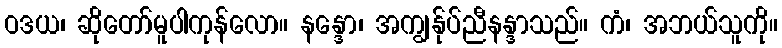
ဝဒယ၊ ဆိုတော်မူပါကုန်လော။ နန္ဒော၊ အကျွန်ုပ်ညီနန္ဒာသည်။ ကံ၊ အဘယ်သူကို။